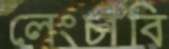
লেংচাবি